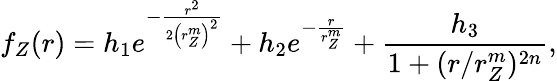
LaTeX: f_{Z}(r)=h_{1}e^{-\frac{r^{2}}{2\left(r_{Z}^{m}\right)^{2}}}+h_{2}e^{-\frac{r}{r_{Z}^{m}}}+\frac{h_{3}}{1+(r/r_{Z}^{m})^{2n}},